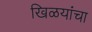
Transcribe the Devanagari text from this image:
खिळयांचा